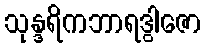
သုန္ဒရိကဘာရဒွါဇော